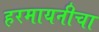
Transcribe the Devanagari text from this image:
हरमायनीचा